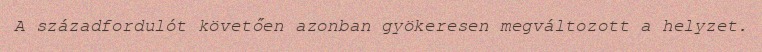
A századfordulót követően azonban gyökeresen megváltozott a helyzet.